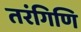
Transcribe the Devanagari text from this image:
तरंगिणि